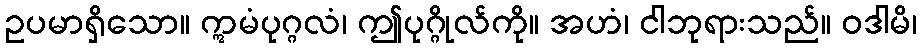
ဥပမာရှိသော။ ဣမံပုဂ္ဂလံ၊ ဤပုဂ္ဂိုလ်ကို။ အဟံ၊ ငါဘုရားသည်။ ဝဒါမိ၊